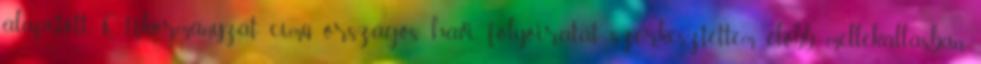
alapított, ÖNkormányzat című országos havi folyóiratát szerkesztettem előbb mellékállásban,